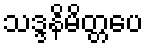
သဒ္ဒနိမိတ္တပေ